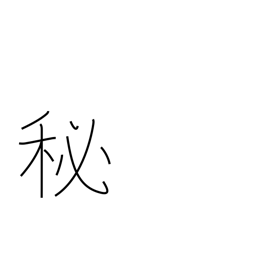
Meaning: secret